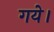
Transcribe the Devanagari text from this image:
गयेे।